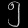
Digit: ၅